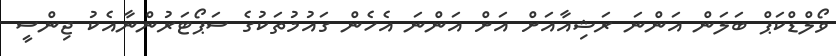
ވޯލްޑްކަޕް ބަލަން އަންނަ ރަޝިއާއަށް އަށް އަންނަ އެހެން ގައުމުތަކުގެ ސަޕޯޓަރުންނާއެކު ޖިންސީ